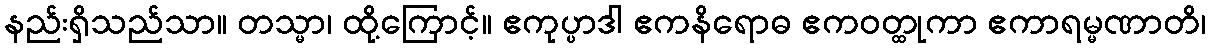
နည်းရှိသည်သာ။ တသ္မာ၊ ထို့ကြောင့်။ ဧကုပ္ပာဒါ ဧကနိရောဓ ဧကဝတ္ထုကာ ဧကာရမ္မဏာတိ၊